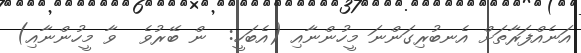
އަނެއްފަރާތަށް އެނބުރިގަންނަ މީހުންނާއި (އެބަހީ:  ން ބޭރުވެ  ވާ މީހުންނާއި)